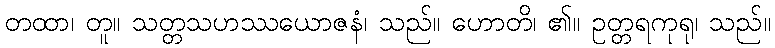
တထာ၊ တူ။ သတ္တသဟဿယောဇနံ၊ သည်။ ဟောတိ၊ ၏။ ဥတ္တရကုရု၊ သည်။